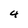
Character: 4